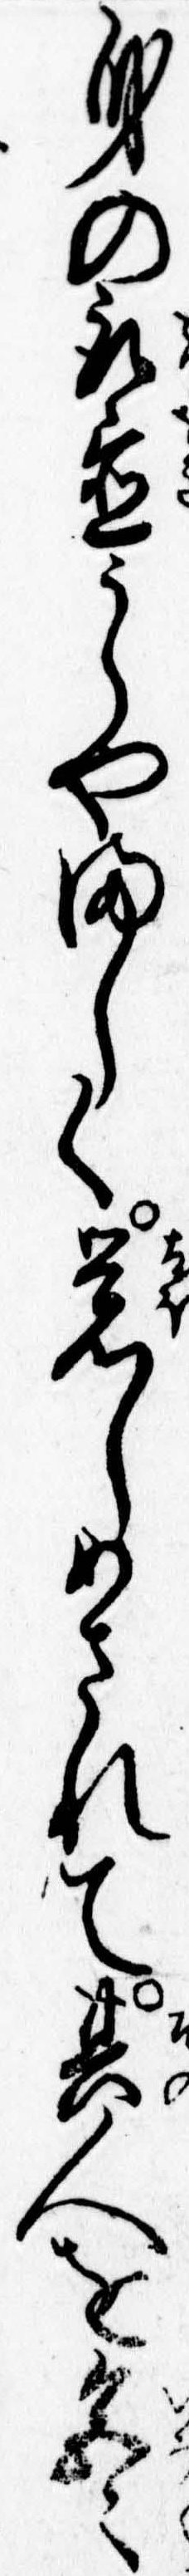
身の取置うらやましく覚しめされて其人を色々